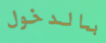
بالدخول